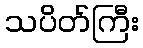
သပိတ်ကြီး